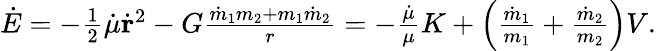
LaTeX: \begin{array}{r}{\dot{E}=-{\frac{1}{2}}\dot{\mu}\dot{\mathbf r}^{2}-G\frac{\dot{m}_{1}m_{2}+m_{1}\dot{m}_{2}}{r}=-\frac{\dot{\mu}}{\mu}K+\left(\frac{\dot{m}_{1}}{m_{1}}+\frac{\dot{m}_{2}}{m_{2}}\right)V.}\end{array}